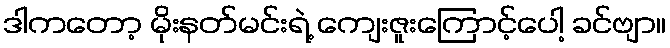
ဒါကတော့ မိုးနတ်မင်းရဲ့ ကျေးဇူးကြောင့်ပေါ့ ခင်ဗျာ။